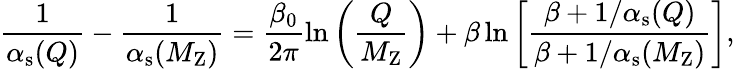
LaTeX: \frac{1}{\alpha_{\mathrm{s}}(Q)}-\frac{1}{\alpha_{\mathrm{s}}(M_{\mathrm{Z}})}=\frac{\beta_{0}}{2\pi}\ln\left(\frac{Q}{M_{\mathrm{Z}}}\right)+\beta\ln\left[\frac{\beta+1/\alpha_{\mathrm{s}}(Q)}{\beta+1/\alpha_{\mathrm{s}}(M_{\mathrm{Z}})}\right],